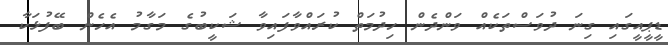
ޑީޕީއީގައި ގިނަ ދުވަސްތަކެއް ވަންދެން ހިދުމަތް ކުރައްވާފައިވާ ޝަކީބުގެ މަގާމު އެހެން ބޭފުޅަކާ